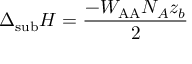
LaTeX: \Delta _ { \mathrm { s u b } } H = { \frac { - W _ { \mathrm { A A } } N _ { A } z _ { b } } { 2 } }